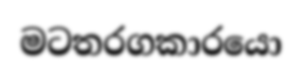
මටතරගකාරයො